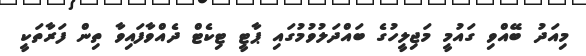
މިއަދު ބޭއްވި ގައުމީ މަޖިލީހުގެ ބައްދަލުވުމުގައި ޕާޓީ ޓިކެޓް ދެއްވާފައިވާ ތިން ފަރާތަކީ